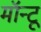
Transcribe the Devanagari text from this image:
मॉन्टू